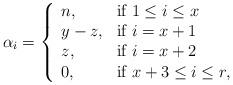
LaTeX: \begin{align*}\alpha_i = \left\{ \begin{array}{ll}n, & \mbox{if } 1 \leq i \leq x \\y-z, & \mbox{if } i=x+1 \\z, & \mbox{if } i=x+2 \\0, & \mbox{if } x+3 \leq i \leq r,\end{array}\right.\end{align*}